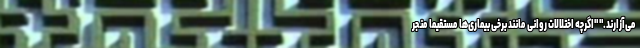
می‌آزارند." "اگرچه اختلالات روانی مانند برخی بیماری‌ها مستقیما منجر